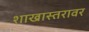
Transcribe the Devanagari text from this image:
शाखास्तरावर